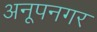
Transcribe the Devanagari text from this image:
अनूपनगर